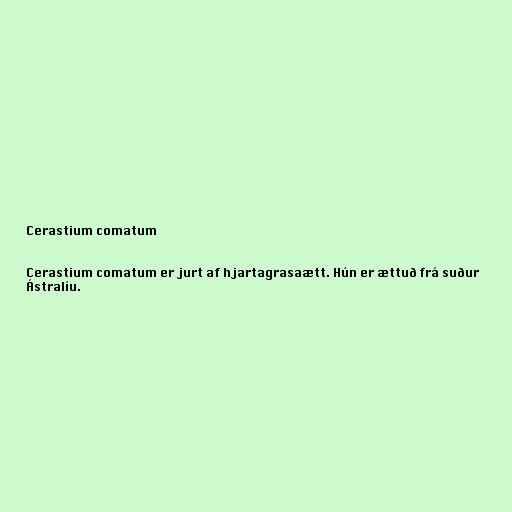
Cerastium comatum

Cerastium comatum er jurt af hjartagrasaætt. Hún er ættuð frá suður
Ástralíu.